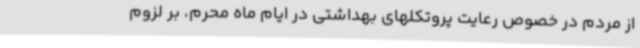
از مردم در خصوص رعایت پروتکلهای بهداشتی در ایام ماه محرم، بر لزوم